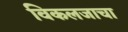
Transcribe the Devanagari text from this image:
विकलजाचा